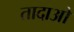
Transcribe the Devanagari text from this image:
तादाओ